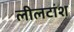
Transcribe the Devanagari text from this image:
लीलटांश